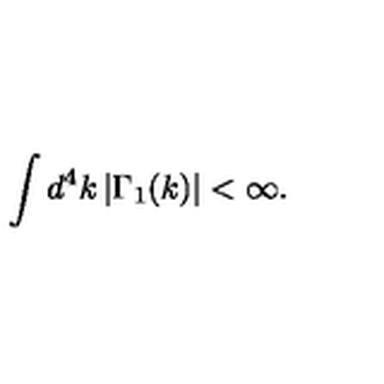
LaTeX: \int d ^ { 4 } k \left| \Gamma _ { 1 } ( k ) \right| < \infty .